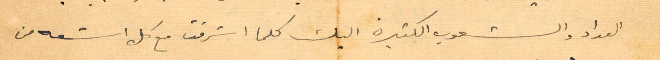
العمداد والشعوب الكثيرة اليك كلما اشرقت مع كل اشعه من